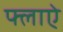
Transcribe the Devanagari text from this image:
फ्लाऐ